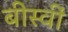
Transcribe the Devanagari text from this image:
बीस्वीं